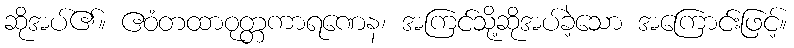
ဆိုအပ်၏။ ဧဝံတထာဝုတ္တကာရဏေန၊ အကြင်သို့ဆိုအပ်ခဲ့သော အကြောင်းဖြင့်။